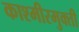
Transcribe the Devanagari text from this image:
काश्मीरमुक्ती